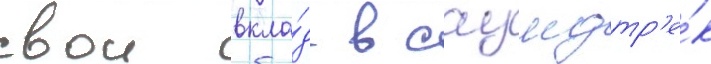
свои вкла́д в саундтр'е́к